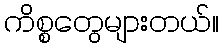
ကိစ္စတွေများတယ်။